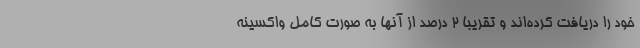
خود را دریافت کرده‌اند و تقریبا 2 درصد از آنها به صورت کامل واکسینه